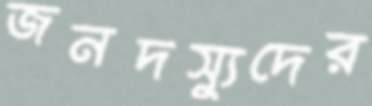
জনদস্যুদের